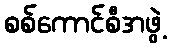
စစ်ကောင်စီအဖွဲ့